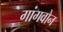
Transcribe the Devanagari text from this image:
गांगवोन